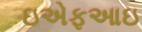
ઇએફઆઇ